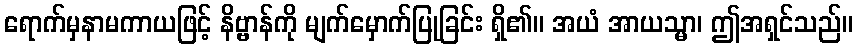
ရောက်မှနာမကာယဖြင့် နိဗ္ဗာန်ကို မျက်မှောက်ပြုခြင်း ရှိ၏။ အယံ အာယသ္မာ၊ ဤအရှင်သည်။